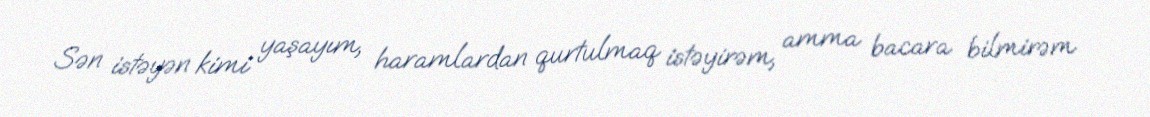
Sən istəyən kimi yaşayım, haramlardan qurtulmaq istəyirəm, amma bacara bilmirəm